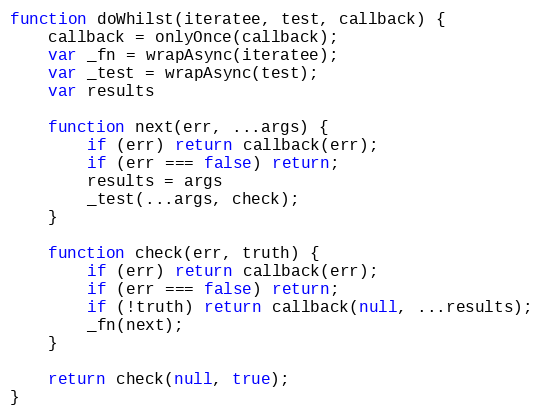
Language: JavaScript
function doWhilst(iteratee, test, callback) {
    callback = onlyOnce(callback);
    var _fn = wrapAsync(iteratee);
    var _test = wrapAsync(test);
    var results

    function next(err, ...args) {
        if (err) return callback(err);
        if (err === false) return;
        results = args
        _test(...args, check);
    }

    function check(err, truth) {
        if (err) return callback(err);
        if (err === false) return;
        if (!truth) return callback(null, ...results);
        _fn(next);
    }

    return check(null, true);
}